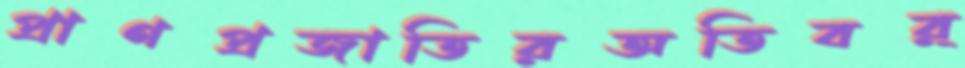
প্রাণপ্রজাতিরঅতিবর্